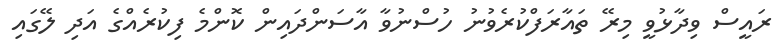
ރައީސް ވިދާޅުވީ މިރޭ ތައާރަފްކުރެވުނު ހުސްނުވާ އާސަންދައިން ކޮންމެ ފިކުރެއްގެ އަދި ލޭގައި